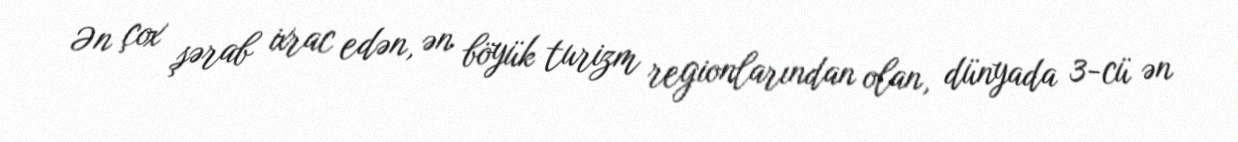
Ən çox şərab ixrac edən, ən böyük turizm regionlarından olan, dünyada 3-cü ən